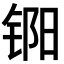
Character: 𬭏